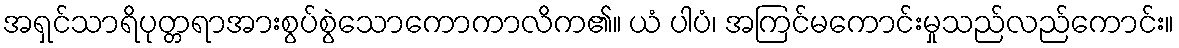
အရှင်သာရိပုတ္တရာအားစွပ်စွဲသောကောကာလိက၏။ ယံ ပါပံ၊ အကြင်မကောင်းမှုသည်လည်ကောင်း။